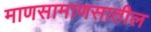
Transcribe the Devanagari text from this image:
माणसामाणसातील